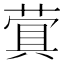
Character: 𬝬